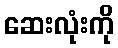
ဆေးလုံးကို